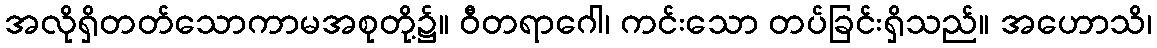
အလိုရှိတတ်သောကာမအစုတို့၌။ ဝီတရာဂေါ၊ ကင်းသော တပ်ခြင်းရှိသည်။ အဟောသိ၊